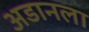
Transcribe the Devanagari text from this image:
अडानला